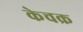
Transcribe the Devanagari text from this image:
केचक्र